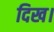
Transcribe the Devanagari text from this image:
दिख।